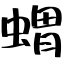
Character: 蝟